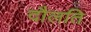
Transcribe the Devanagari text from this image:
दौलति